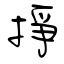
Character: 掙